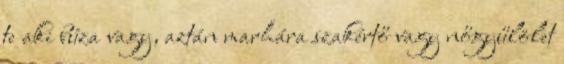
te aki búza vagy, aztán marhára szakértő vagy nőgyűlölet